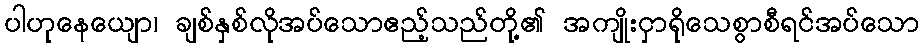
ပါဟုနေယျော၊ ချစ်နှစ်လိုအပ်သောဧည့်သည်တို့၏ အကျိုးငှာရိုသေစွာစီရင်အပ်သော